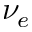
\nu _ { e }